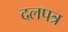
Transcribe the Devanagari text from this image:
दलपत्र